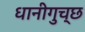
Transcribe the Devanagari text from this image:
धानीगुच्छ